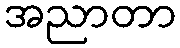
အညာတာ